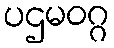
ပဌမဝဂ္ဂ